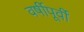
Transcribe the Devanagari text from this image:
वर्षीपूर्वी